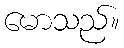
မောသည်။